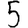
Digit: 5